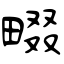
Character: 畷